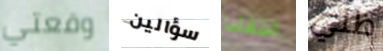
وقعتي سؤالين انتقلنا ظني